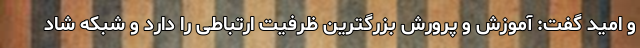
و امید گفت: آموزش و پرورش بزرگترین ظرفیت ارتباطی را دارد و شبکه شاد